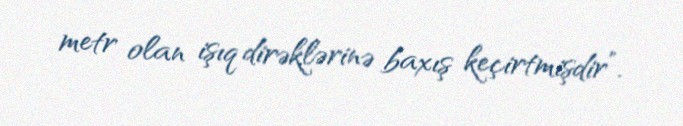
metr olan işıq dirəklərinə baxış keçirtmişdir”.